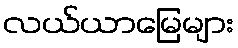
လယ်ယာမြေများ